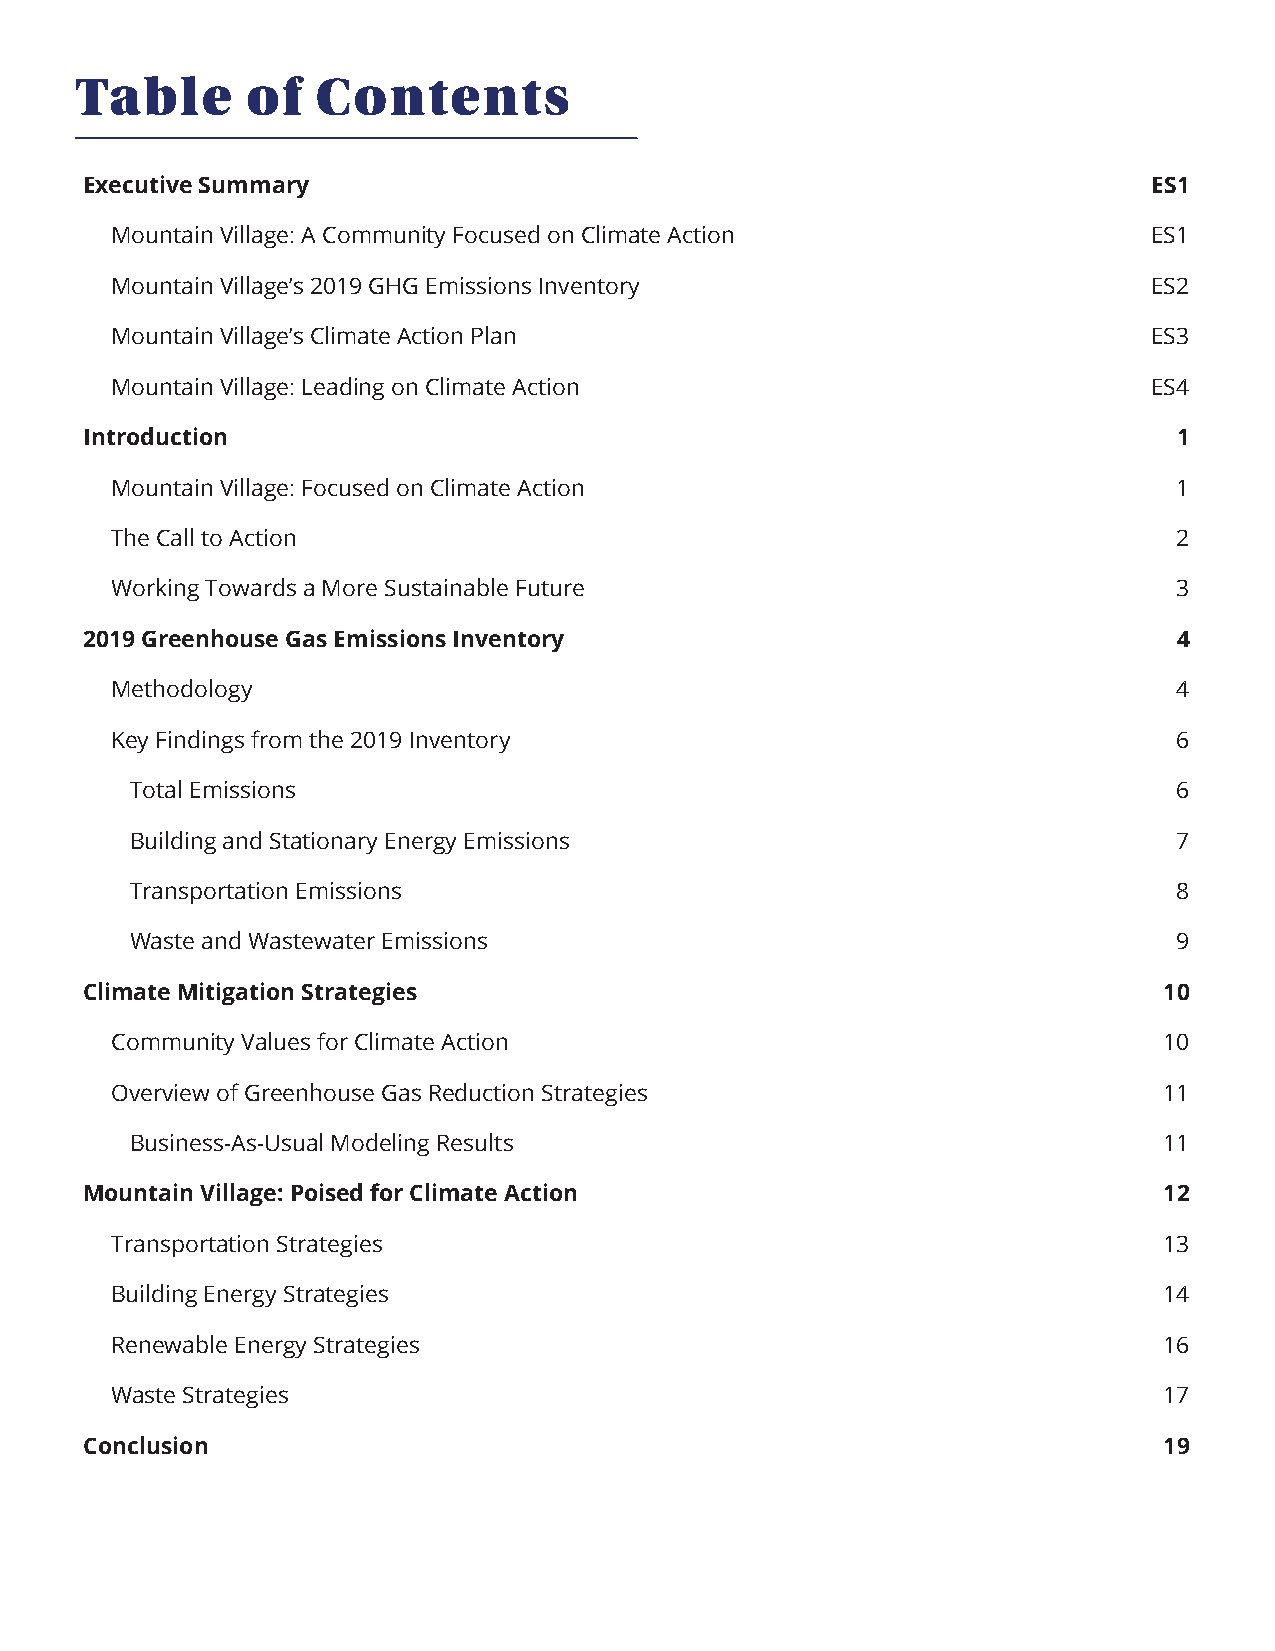
Table      of   Contents
 Executive Summary                                                     ES1
 Mountain Village: A Community Focused on Climate Action              ES1
 Mountain Village’s 2019 GHG Emissions Inventory                      ES2
 Mountain Village’s Climate Action Plan                               ES3
 Mountain Village: Leading on Climate Action                          ES4
 Introduction                                                            1
 Mountain Village: Focused on Climate Action                            1
 The Call to Action                                                     2
 Working Towards a More Sustainable Future                              3
 2019 Greenhouse Gas Emissions Inventory                                 4
 Methodology                                                            4
 Key Findings from the 2019 Inventory                                   6
 Total Emissions                                                      6
 Building and Stationary Energy Emissions                             7
 Transportation Emissions                                             8
 Waste and Wastewater Emissions                                       9
 Climate Mitigation Strategies                                          10
 Community Values for Climate Action                                   10
 Overview of Greenhouse Gas Reduction Strategies                       11
 Business-As-Usual Modeling Results                                  11
 Mountain Village: Poised for Climate Action                            12
 Transportation Strategies                                             13
 Building Energy Strategies                                            14
 Renewable Energy Strategies                                           16
 Waste Strategies                                                      17
 Conclusion                                                             19